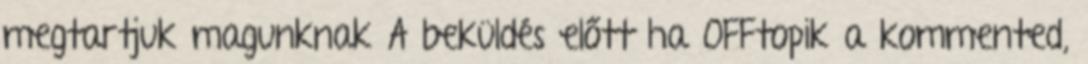
megtartjuk magunknak A beküldés előtt ha OFFtopik a kommented,